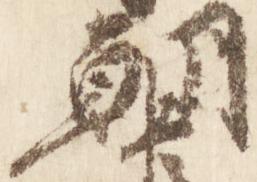
朝